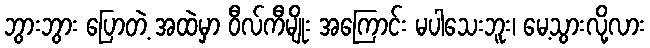
ဘွားဘွား ပြောတဲ့ အထဲမှာ ဝီလ်ကီမျိုး အကြောင်း မပါသေးဘူး၊ မေ့သွားလို့လား